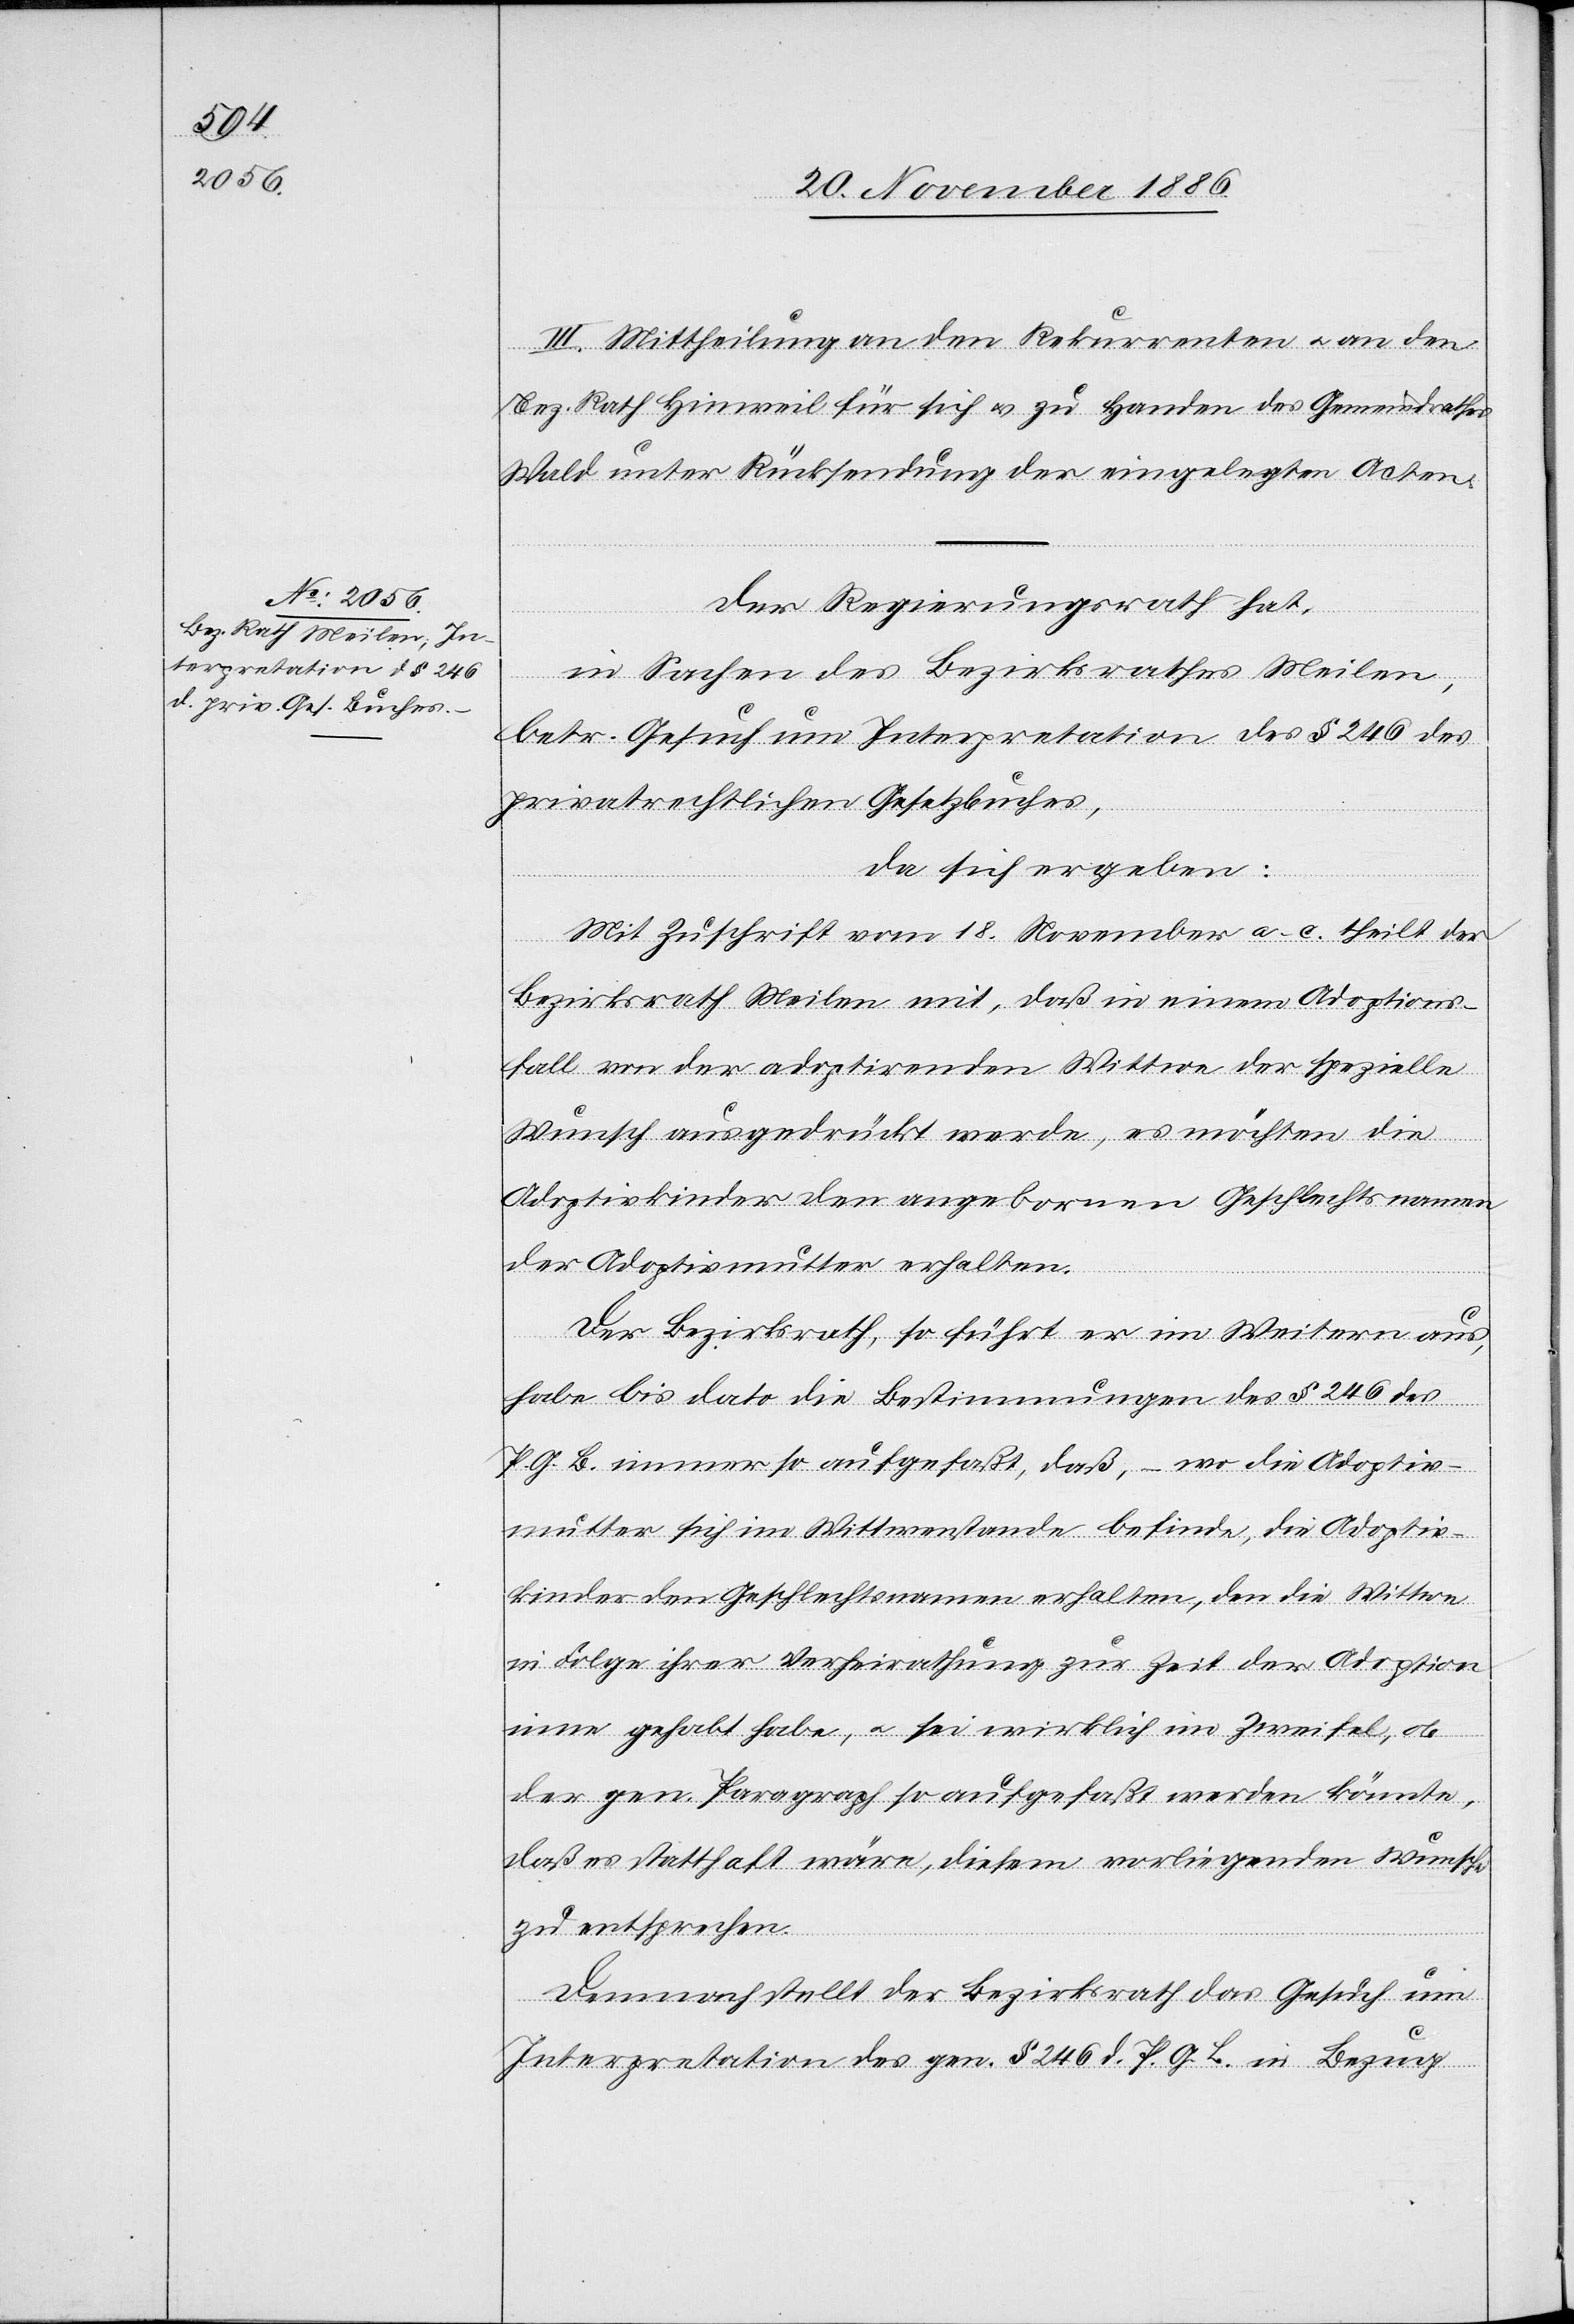
III. Mittheilung an den Rekurrenten & an den
Bez. Rath Hinweil für sich & zu Handen des Gemeindrathes
Wald unter Rücksendung der eingelegten Acten.
Der Regierungsrath hat,
in Sachen des Bezirksrathes Meilen,
betr. Gesuch um Interpretation des § 246 des
privatrechtlichen Gesetzbuches,
da sich ergeben:
Mit Zuschrift vom 18. November a. c. theilt der
Bezirksrath Meilen mit, daß in einem Adoptions¬
fall von der adoptirenden Wittwe der spezielle
Wunsch ausgedrückt werde, es möchten die
Adoptivkinder den angeborenen Geschlechtsnamen
der Adoptivmutter erhalten.
Der Bezirksrath, so führt er im Weitern aus,
habe bis dato die Bestimmungen des § 246 des
P. G. B. immer so aufgefaßt, daß, – wo die Adoptiv¬
mutter sich im Wittwenstande befinde, die Adoptiv¬
kinder den Geschlechtsnamen erhalten, den die Wittwe
in Folge ihrer Verheirathung zur Zeit der Adoption
inne gehabt habe, & sei wirklich im Zweifel, ob
der gen. Paragraph so aufgefaßt werden könnte,
daß es statthaft wäre, diesem vorliegenden Wunsche
zu entsprechen.
Demnach stellt der Bezirksrath das Gesuch um
Interpretation des gen. § 246 d. P. G. B. in Bezug